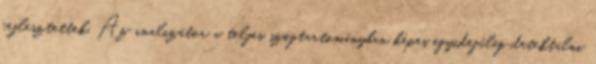
fejlesztettek. Az analizátor a teljes szögtartományban képes egyidejűleg detektálni